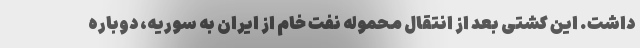
داشت. این کشتی بعد از انتقال محموله نفت خام از ایران به سوریه، دوباره